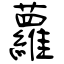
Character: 蘿